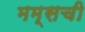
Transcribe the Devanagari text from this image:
मम्सची